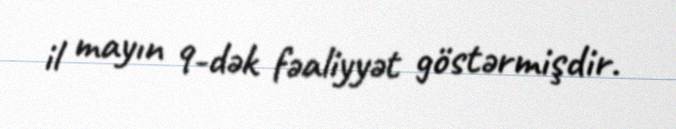
il mayın 9-dək fəaliyyət göstərmişdir.